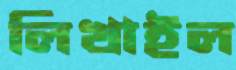
লিখাইল